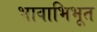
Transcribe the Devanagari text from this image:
भावाभिभूत